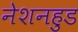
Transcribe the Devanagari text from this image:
नेशनहुड